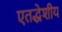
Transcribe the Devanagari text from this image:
एतद्धेशीय